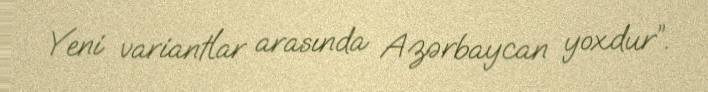
Yeni variantlar arasında Azərbaycan yoxdur”.